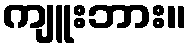
ကျူးဘား။